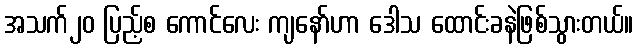
အသက်၂၀ ပြည့်စ ကောင်လေး ကျနော်ဟာ ဒေါသ ထောင်းခနဲဖြစ်သွားတယ်။